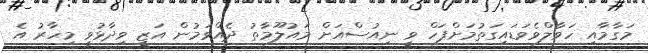
މަގާމާއި ހަވާލްވެވަޑައިގަތުމަށްފަހް ވީ ނިއުސްއަށް މައުލޫމާތު ދެއްވަމުން އަޒީ ވިދާޅުވީ މިހާރު އެ